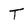
Character: T